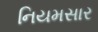
નિયમસાર